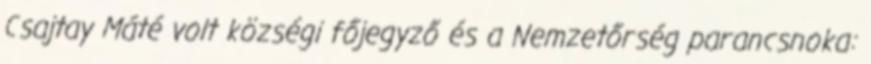
Csajtay Máté volt községi főjegyző és a Nemzetőrség parancsnoka: